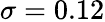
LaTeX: \sigma=0.12